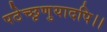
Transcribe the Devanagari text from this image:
पठेच्छृणुयादपि।।